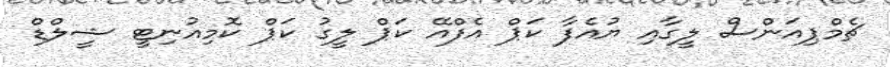
ޗެމްޕިއަންސް ލީގާއި ޔުއެފާ ކަޕް އެފްއޭ ކަޕް ލީގު ކަޕް ކޮމިއުނިޓީ ޝީލްޑް